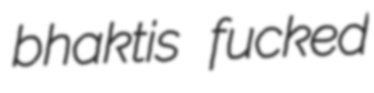
bhaktis fucked